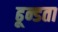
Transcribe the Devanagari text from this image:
ढून्डता